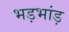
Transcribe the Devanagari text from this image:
भड़भांड़